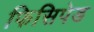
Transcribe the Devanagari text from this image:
फिसिपेड